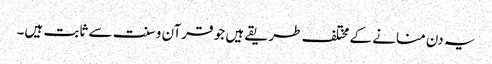
یہ دن منانے کے مختلف طریقے ہیں جو قرآن و سنت سے ثابت ہیں۔